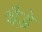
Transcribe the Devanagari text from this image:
चैडे़